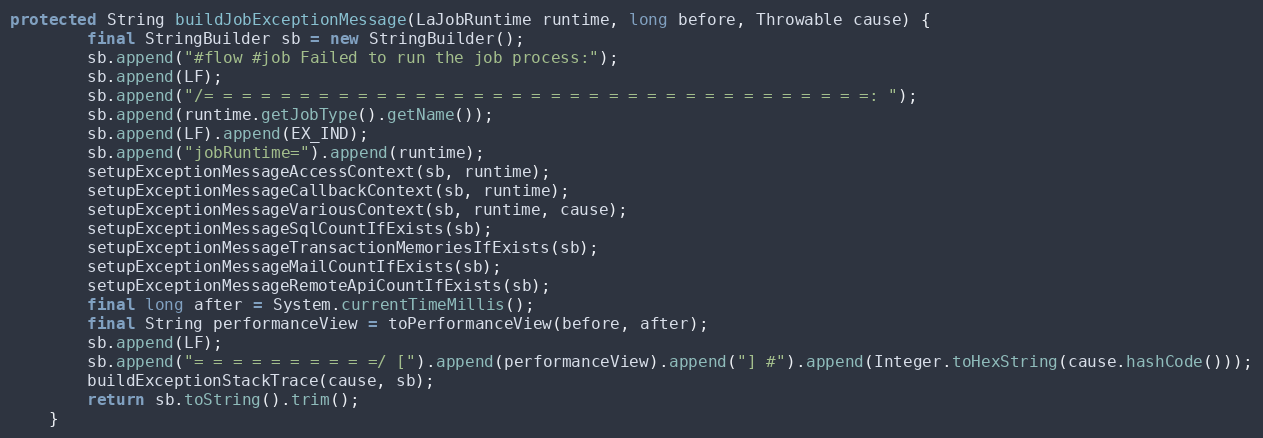
Language: Java
protected String buildJobExceptionMessage(LaJobRuntime runtime, long before, Throwable cause) {
        final StringBuilder sb = new StringBuilder();
        sb.append("#flow #job Failed to run the job process:");
        sb.append(LF);
        sb.append("/= = = = = = = = = = = = = = = = = = = = = = = = = = = = = = = = = = =: ");
        sb.append(runtime.getJobType().getName());
        sb.append(LF).append(EX_IND);
        sb.append("jobRuntime=").append(runtime);
        setupExceptionMessageAccessContext(sb, runtime);
        setupExceptionMessageCallbackContext(sb, runtime);
        setupExceptionMessageVariousContext(sb, runtime, cause);
        setupExceptionMessageSqlCountIfExists(sb);
        setupExceptionMessageTransactionMemoriesIfExists(sb);
        setupExceptionMessageMailCountIfExists(sb);
        setupExceptionMessageRemoteApiCountIfExists(sb);
        final long after = System.currentTimeMillis();
        final String performanceView = toPerformanceView(before, after);
        sb.append(LF);
        sb.append("= = = = = = = = = =/ [").append(performanceView).append("] #").append(Integer.toHexString(cause.hashCode()));
        buildExceptionStackTrace(cause, sb);
        return sb.toString().trim();
    }